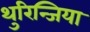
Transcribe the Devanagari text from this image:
थुरिन्जिया